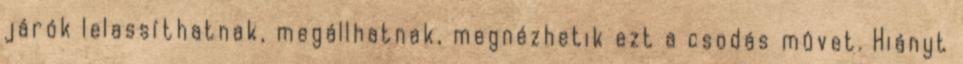
járók lelassíthatnak, megállhatnak, megnézhetik ezt a csodás mûvet. Hiányt